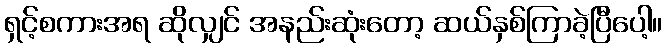
ရှင့်စကားအရ ဆိုလျှင် အနည်းဆုံးတော့ ဆယ်နှစ်ကြာခဲ့ပြီပေါ့။